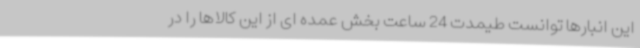
این انبارها توانست طیمدت 24 ساعت بخش عمده ای از این کالاها را در